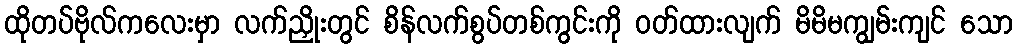
ထိုတပ်ဗိုလ်ကလေးမှာ လက်ညှိုးတွင် စိန်လက်စွပ်တစ်ကွင်းကို ဝတ်ထားလျက် မိမိမကျွမ်းကျင် သော